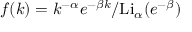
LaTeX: f ( k ) = k ^ { - \alpha } e ^ { - \beta k } / \mathrm { L i } _ { \alpha } ( e ^ { - \beta } )